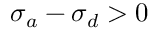
\sigma _ { a } - \sigma _ { d } > 0